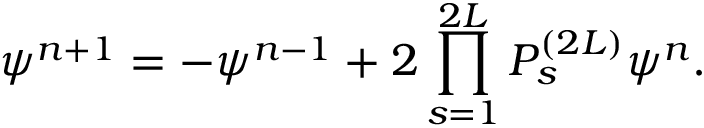
\psi ^ { n + 1 } = - \psi ^ { n - 1 } + 2 \prod _ { s = 1 } ^ { 2 { \cal L } } { \cal P } _ { s } ^ { ( 2 { \cal L } ) } \psi ^ { n } .